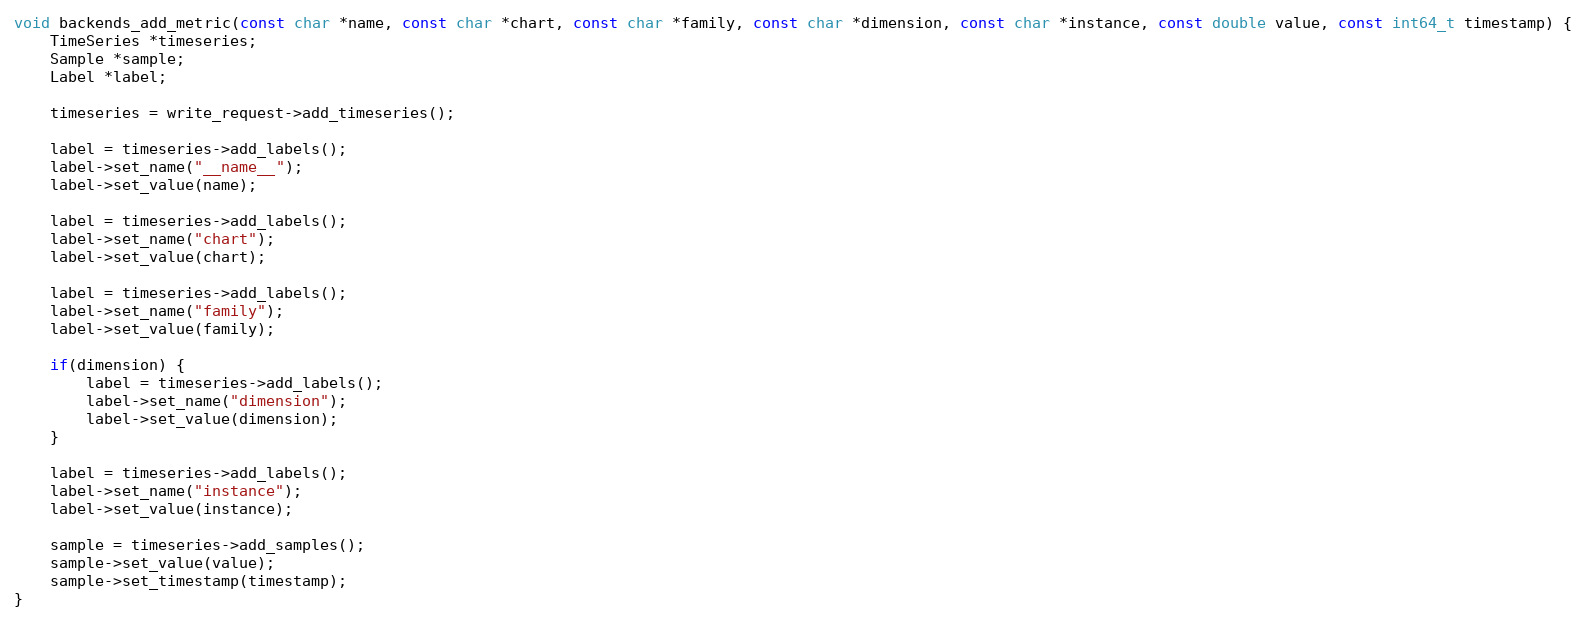
Language: C++
void backends_add_metric(const char *name, const char *chart, const char *family, const char *dimension, const char *instance, const double value, const int64_t timestamp) {
    TimeSeries *timeseries;
    Sample *sample;
    Label *label;

    timeseries = write_request->add_timeseries();

    label = timeseries->add_labels();
    label->set_name("__name__");
    label->set_value(name);

    label = timeseries->add_labels();
    label->set_name("chart");
    label->set_value(chart);

    label = timeseries->add_labels();
    label->set_name("family");
    label->set_value(family);

    if(dimension) {
        label = timeseries->add_labels();
        label->set_name("dimension");
        label->set_value(dimension);
    }

    label = timeseries->add_labels();
    label->set_name("instance");
    label->set_value(instance);

    sample = timeseries->add_samples();
    sample->set_value(value);
    sample->set_timestamp(timestamp);
}